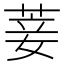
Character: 菨